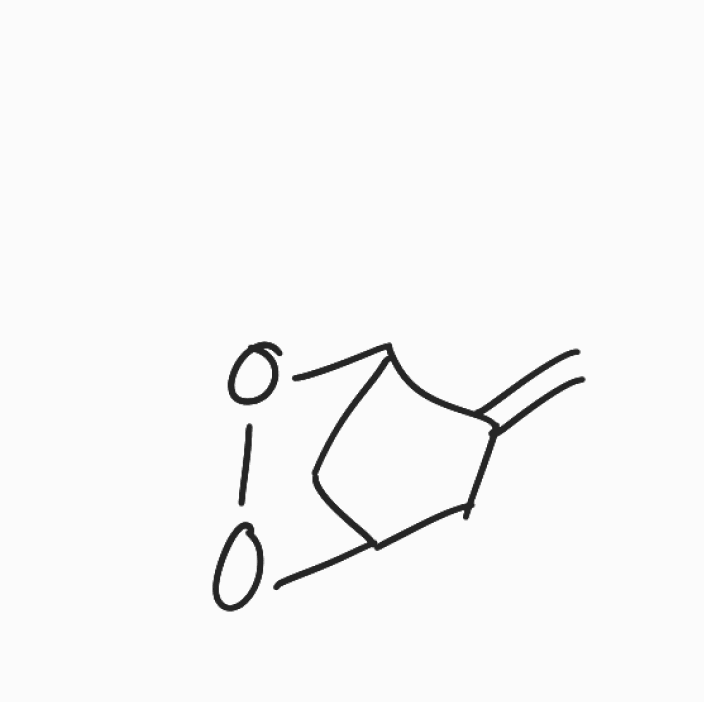
Simplified molecular-input line-entry system (SMILES) notation of the given molecule:
C=C1CC2CC1OO2